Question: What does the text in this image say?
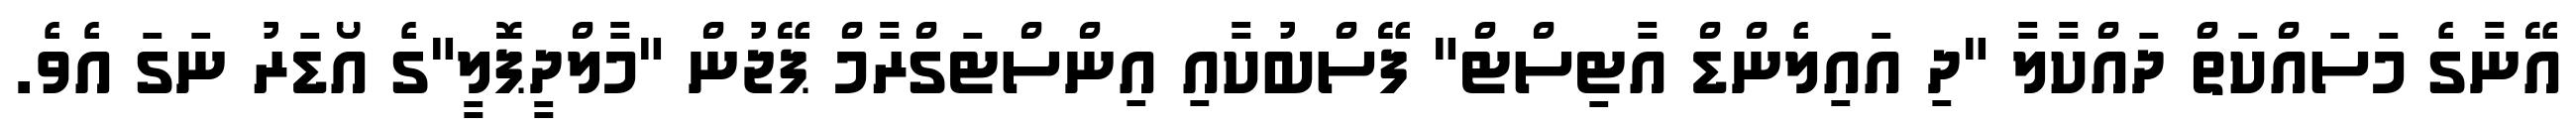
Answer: އޭނާގެ މަސައްކަތް ދައްކާލާ "ދި އައިލެންޑް އާޓިސްޓް" ފޭސްބުކާއި އިންސްޓަގްރާމް ޕޭޖުން "މާލްދީޕޮލީ"ގެ އޯޑަރު ނަގަ އެވެ.